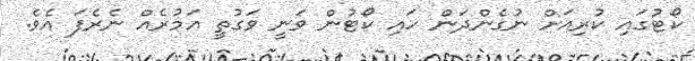
ކޯޓުގައި ކުރިއަށް ނުގެންދަން ހައި ކޯޓުން ވަނީ ވަގުތީ އަމުރެއް ނެރެފަ އެވެ.